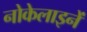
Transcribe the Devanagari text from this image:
नोकेलाइनें